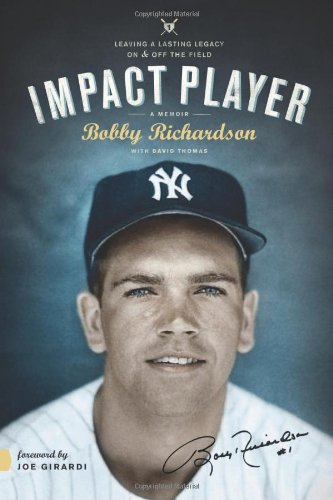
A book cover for Impact Player: Leaving a Lasting Legacy On and Off the Field; Bobby Richardson; Biographies & Memoirs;